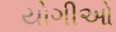
યોગીઓ